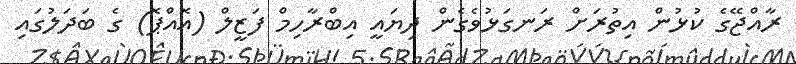
ރާއްޖޭގެ ކުޅުން އިތުރަށް ރަނގަޅުވެގެން ދިޔައީ އިބްރާހިމް ފަޒީލް (އޮއްޕޮ) ގެ ބަދަލުގައި